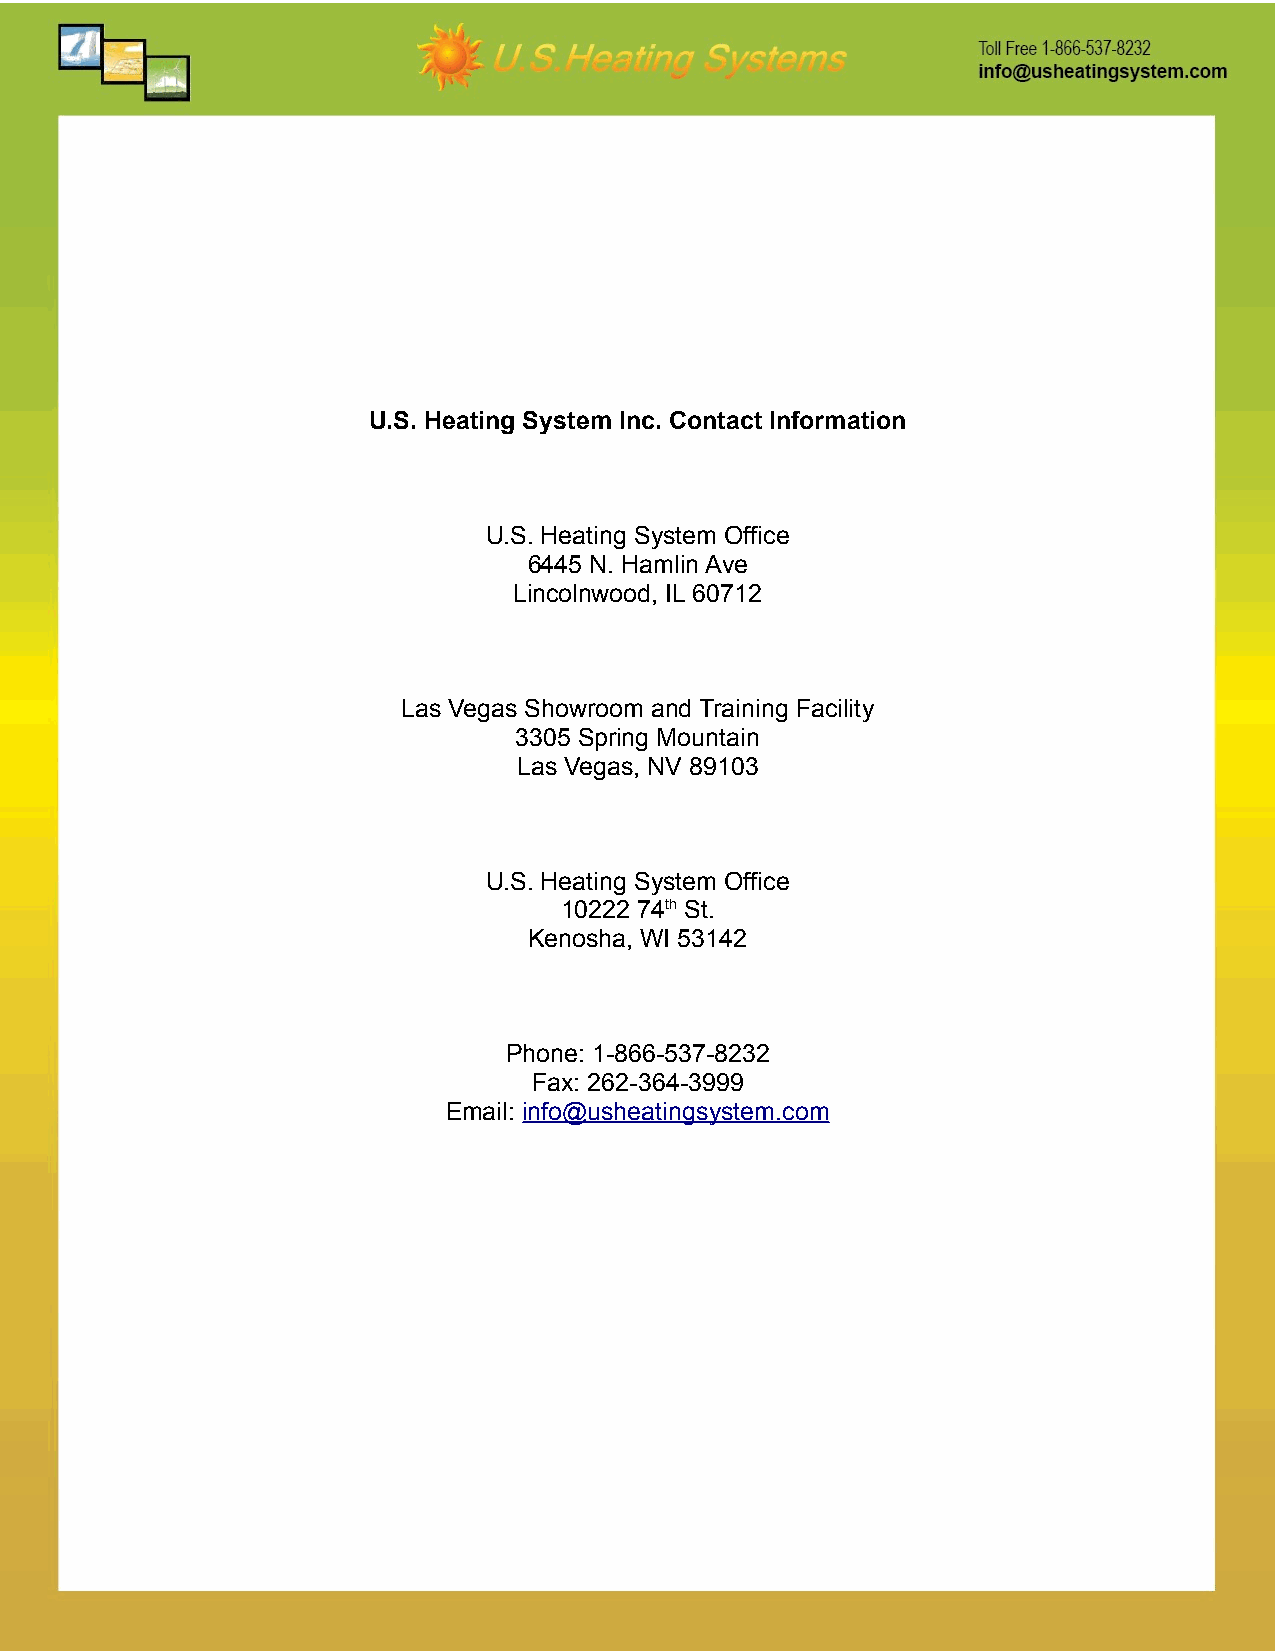
U.S. Heating System Inc. Contact Information
 U.S. Heating System Office
 6445 N. Hamlin Ave
 Lincolnwood, IL 60712
 Las Vegas Showroom and Training Facility
 3305 Spring Mountain
 Las Vegas, NV 89103
 U.S. Heating System Office
 10222 74th St.
 Kenosha, WI 53142
 Phone: 1-866-537-8232
 Fax: 262-364-3999
 Email: info@usheatingsystem.com